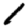
Digit: 1